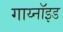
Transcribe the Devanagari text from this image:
गाय्नॉइड